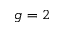
g = 2